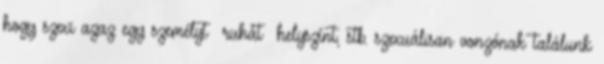
hogy szexi azaz egy személyt ruhát helyszínt, stb. szexuálisan vonzónak találunk